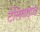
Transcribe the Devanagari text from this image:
टेलिवाइज्ड